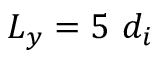
L _ { y } = 5 \ d _ { i }